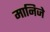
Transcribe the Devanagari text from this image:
मानिजे